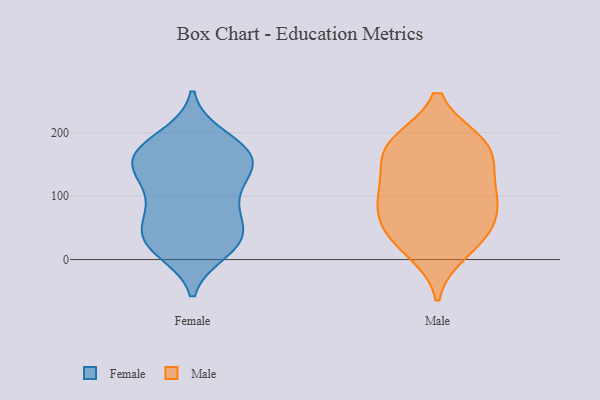
{"axis": {"x": "Conversion Rate (%)", "y": "Value"}, "legend": ["Female", "Male"], "data": [{"x": "", "y": 132, "type": "Female"}, {"x": "", "y": 81, "type": "Female"}, {"x": "", "y": 83, "type": "Female"}, {"x": "", "y": 61, "type": "Female"}, {"x": "", "y": 158, "type": "Female"}, {"x": "", "y": 148, "type": "Female"}, {"x": "", "y": 172, "type": "Female"}, {"x": "", "y": 148, "type": "Female"}, {"x": "", "y": 184, "type": "Female"}, {"x": "", "y": 24, "type": "Female"}, {"x": "", "y": 171, "type": "Female"}, {"x": "", "y": 193, "type": "Female"}, {"x": "", "y": 44, "type": "Female"}, {"x": "", "y": 131, "type": "Female"}, {"x": "", "y": 29, "type": "Female"}, {"x": "", "y": 157, "type": "Female"}, {"x": "", "y": 14, "type": "Female"}, {"x": "", "y": 31, "type": "Female"}, {"x": "", "y": 26, "type": "Female"}, {"x": "", "y": 99, "type": "Female"}, {"x": "", "y": 184, "type": "Male"}, {"x": "", "y": 185, "type": "Male"}, {"x": "", "y": 34, "type": "Male"}, {"x": "", "y": 96, "type": "Male"}, {"x": "", "y": 61, "type": "Male"}, {"x": "", "y": 13, "type": "Male"}, {"x": "", "y": 77, "type": "Male"}, {"x": "", "y": 162, "type": "Male"}, {"x": "", "y": 149, "type": "Male"}, {"x": "", "y": 40, "type": "Male"}, {"x": "", "y": 103, "type": "Male"}, {"x": "", "y": 112, "type": "Male"}, {"x": "", "y": 185, "type": "Male"}]}